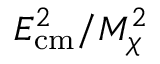
E _ { \mathrm { { c m } } } ^ { 2 } / M _ { \chi } ^ { 2 }